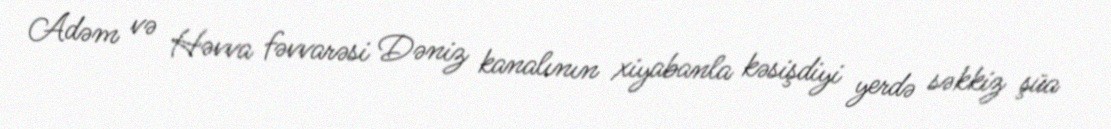
Adəm və Həvva fəvvarəsi Dəniz kanalının xiyabanla kəsişdiyi yerdə səkkiz şüa